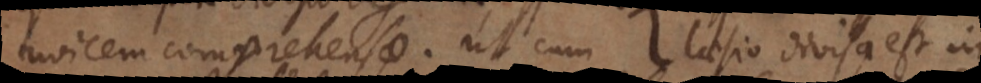
invicem comprehensae. Ut cum laesio divisa est in